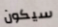
سيكون